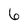
Character: 6